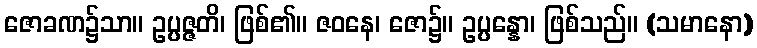
ဇောခဏ၌သာ။ ဥပ္ပဇ္ဇတိ၊ ဖြစ်၏။ ဇဝနေ၊ ဇော၌။ ဥပ္ပန္နော၊ ဖြစ်သည်။ (သမာနော)